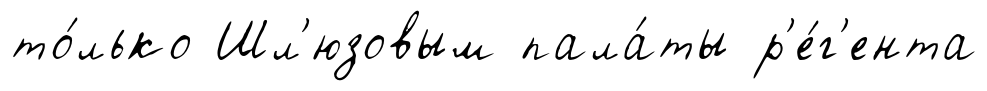
то́лько Шл'юзовым пала́ты р'е́г'ента